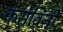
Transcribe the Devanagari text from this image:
कसेविनी